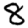
Digit: 8